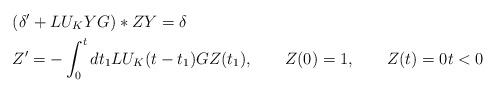
LaTeX: \begin{align*} &(\delta '+ LU_KYG)*ZY=\delta\\ &Z'=-\int_0^t dt_1 LU_K(t-t_1)G Z(t_1),& Z(0)&=1, & Z(t)&=0t<0\end{align*}